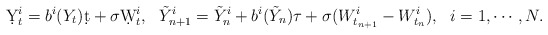
\begin{align*}\d Y_t^i = b^i(Y_t)\d t + \sigma\d W_t^i,~~\tilde Y_{n+1}^i = \tilde Y_n^i + b^i(\tilde Y_n)\tau + \sigma (W_{t_{n+1}}^i-W_{t_n}^i),~~i=1,\cdots,N.\end{align*}